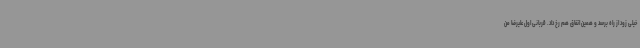
خیلی زود از راه برسد و همین اتفاق هم رخ داد. قربانی اول علیرضا من